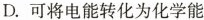
D.可将电能转化为化学能